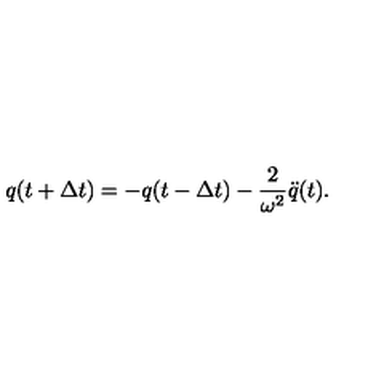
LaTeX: q ( t + { \Delta t } ) = - q ( t - { \Delta t } ) - \frac { 2 } { \omega ^ { 2 } } \ddot { q } ( t ) .